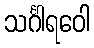
သင်္ဂါရဝေါ